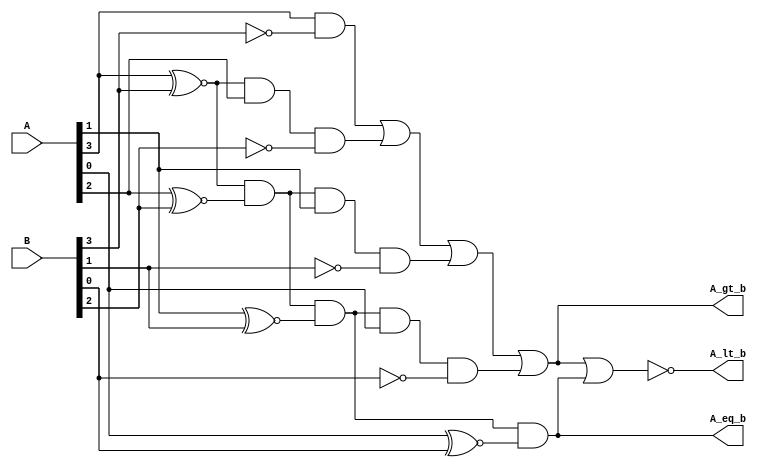
module Comparator (
    A,
    B,
    A_gt_b,
    A_eq_b,
    A_lt_b
);

    output A_gt_b, A_eq_b, A_lt_b;
    input [3:0] A, B;

    assign A_gt_b = A[3]&(!B[3]) | ((A[3]^~B[3]) & A[2]&&(!B[2])) | ((A[3]^~B[3]) &(A[2]^~B[2]) & A[1]&(!B[1])) | ((A[3]^~B[3]) &(A[2]^~B[2]) &(A[1]^~B[1])& A[0]&(!B[0]));
    assign A_eq_b = (A[3] ^~ B[3]) & (A[2] ^~ B[2]) & (A[1] ^~ B[1]) & (A[0] ^~ B[0]);
    assign A_lt_b = !(A_gt_b | A_eq_b);


endmodule